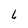
Character: 6